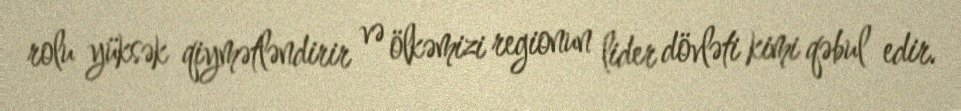
rolu yüksək qiymətləndirir və ölkəmizi regionun lider dövləti kimi qəbul edir.